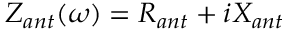
Z _ { a n t } ( \omega ) = R _ { a n t } + i X _ { a n t }